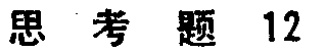
思考题 12